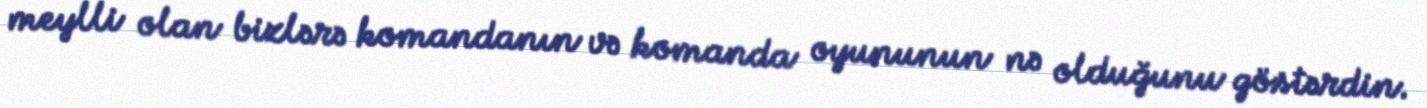
meylli olan bizlərə komandanın və komanda oyununun nə olduğunu göstərdin.